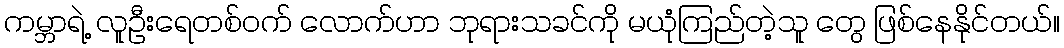
ကမ္ဘာရဲ့ လူဦးရေတစ်ဝက် လောက်ဟာ ဘုရားသခင်ကို မယုံကြည်တဲ့သူ တွေ ဖြစ်နေနိုင်တယ်။